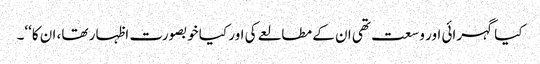
کیا گہرائی اور وسعت تھی ان کے مطالعے کی اور کیا خوبصورت اظہار تھا، ان کا‘‘۔